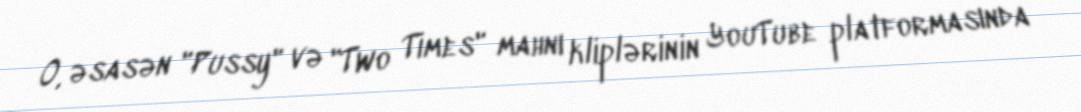
O, əsasən "Pussy" və "Two Times" mahnı kliplərinin YouTube platformasında